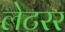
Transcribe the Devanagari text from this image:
लेटरर